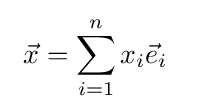
\ {\vec {x}}=\sum _{i=1}^{n}x_{i}{\vec {e}}_{i}\quad